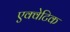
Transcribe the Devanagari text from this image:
एक्वेटिक